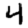
Digit: 4